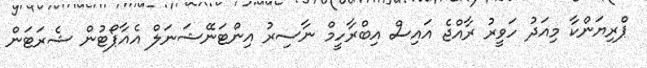
ޕްރިޔަންކާ މިއަދު ހަވީރު ރާއްޖެ އައިސް އިބްރާހީމް ނާސިރު އިންޓަނޭޝަނަލް އެއާޕޯޓުން ޝެރަޓަން